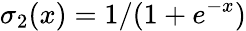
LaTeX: \sigma_{2}(x)=1/(1+e^{-x})